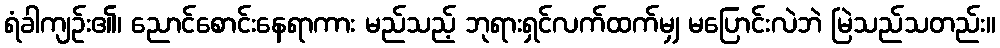
ရံခါကျဉ်း၏၊ ညောင်စောင်းနေရာကား မည်သည့် ဘုရားရှင်လက်ထက်မျှ မပြောင်းလဲဘဲ မြဲသည်သတည်း။